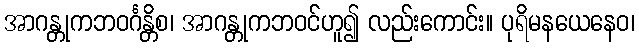
အာဂန္တုကဘဝင်္ဂန္တိစ၊ အာဂန္တုကဘဝင်ဟူ၍ လည်းကောင်း။ ပုရိမနယေနေဝ၊